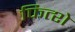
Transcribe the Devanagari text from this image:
फित्शे